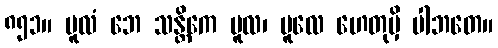
၈၅၁။ မူလံ ဘေ သန္တိကေ မူလ၊ မူလေ ဟေတုမှိ ပါဘတေ။